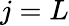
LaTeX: j=L